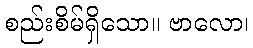
စည်းစိမ်ရှိသော။ ဗာလော၊